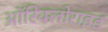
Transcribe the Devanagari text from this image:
ऑरिक्लोराइड